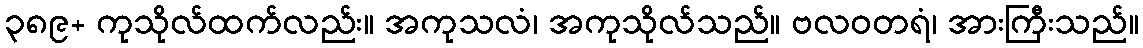
၃၈၉+ ကုသိုလ်ထက်လည်း။ အကုသလံ၊ အကုသိုလ်သည်။ ဗလဝတရံ၊ အားကြီးသည်။